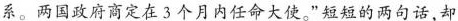
系。两国政府商定在3个月内任命大使。”短短的两句话，却